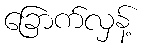
ခြောက်လှန့်